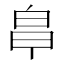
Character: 𭽒